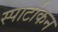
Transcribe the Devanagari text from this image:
स्पार्टाकन